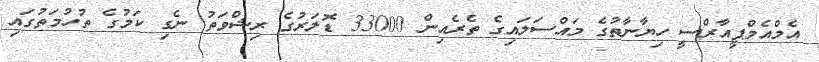
އެމްއެމްޕީއާރްސީ ހިޔާނާތުގެ މައްސަލައިގެ ތެރެއިން 33000 ޑޮލަރުގެ ރިޝްވަތު ނެގި ކަަމުގެ ތުހުމަތުގައި